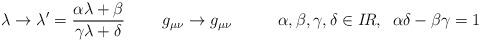
LaTeX: \begin{align*}\lambda \rightarrow \lambda ^{\prime }=\frac{\alpha \lambda +\beta }{\gamma\lambda +\delta }\;\;\;\;\;\;\;\;g_{\mu \nu }\rightarrow g_{\mu \nu}\;\;\;\;\;\;\;\;\;\;\alpha ,\beta ,\gamma ,\delta \in I\!R,\;\;\alpha\delta -\beta \gamma =1\end{align*}